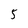
Character: 5